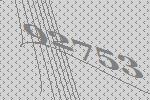
92753